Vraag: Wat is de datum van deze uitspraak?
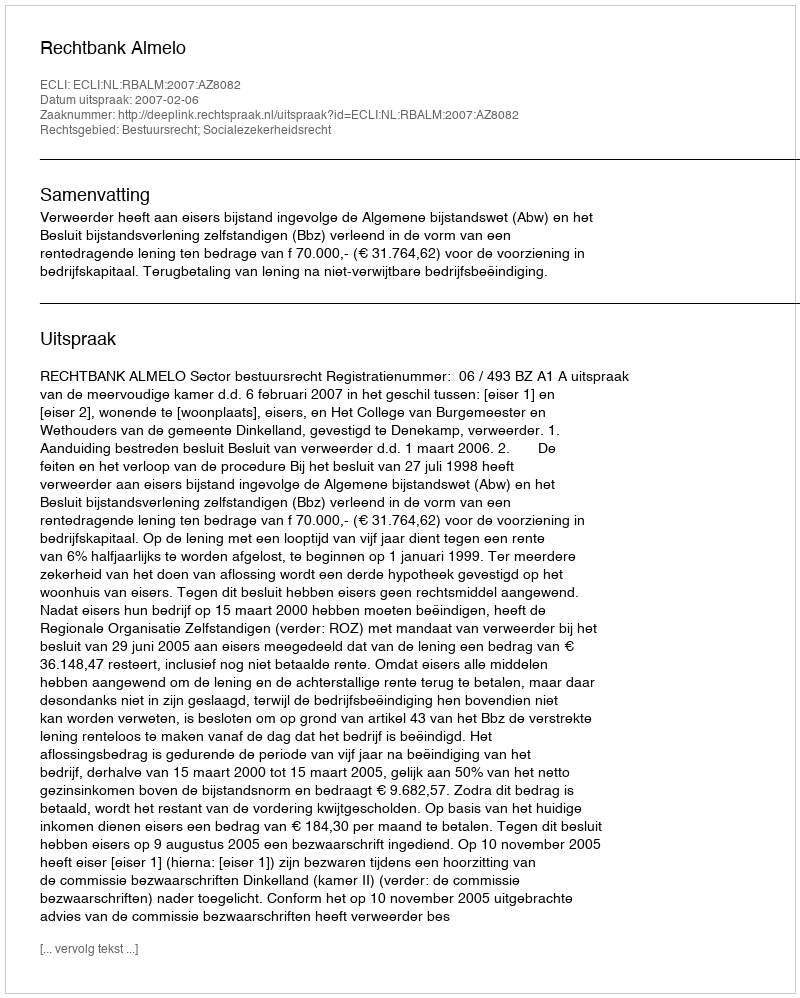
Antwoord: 2007-02-06